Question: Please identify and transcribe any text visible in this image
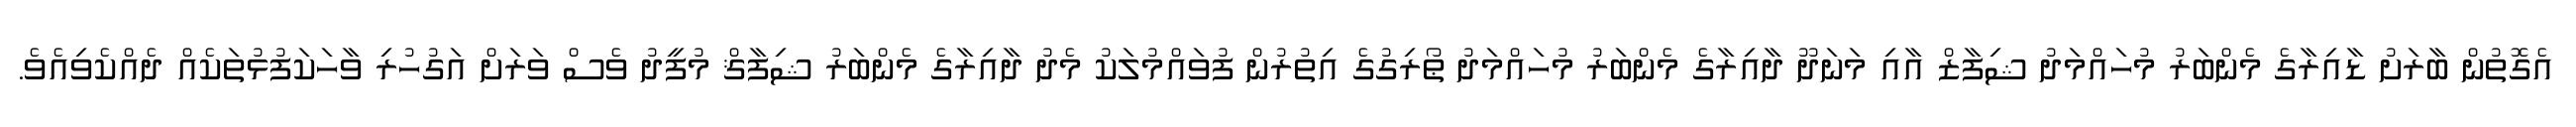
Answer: އެގޮތުން ބާރަށު ޑާއިރާގެ މެންބަރު މުހައްމަދު ޝިފާޒް އާއި މަނަދޫ ދާއިރާގެ މެންބަރު މުހައްމަދު ޠޯރިގުގެ އިތުރުން ފުވައްމުލަކު މެދު ދާއިރާގެ މެންބަރު ޝިފާޤް މުފީދު ވެސް ވަރަށް އަގުހުރި ވާހަކަފުޅުތަކެއް ދެއްކެވިއެވެ.